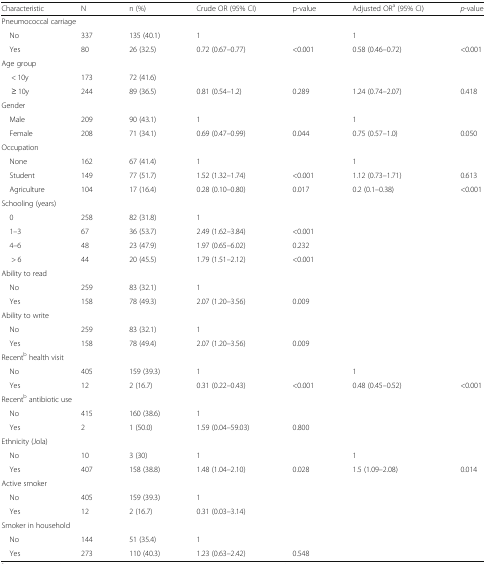
<table><thead><tr><td><b>Characteristic</b></td><td><b>N</b></td><td><b>n (%)</b></td><td><b>Crude OR (95% CI)</b></td><td><b>p-value</b></td><td><b>Adjusted OR<sup>a</sup> (95% CI)</b></td><td><b><i>p</i>-value</b></td></tr></thead><tbody><tr><td colspan="7">Pneumococcal carriage</td></tr><tr><td> No</td><td>337</td><td>135 (40.1)</td><td>1</td><td></td><td>1</td><td></td></tr><tr><td> Yes</td><td>80</td><td>26 (32.5)</td><td>0.72 (0.67–0.77)</td><td>&lt;0.001</td><td>0.58 (0.46–0.72)</td><td>&lt;0.001</td></tr><tr><td colspan="7">Age group</td></tr><tr><td>&lt; 10y</td><td>173</td><td>72 (41.6)</td><td></td><td></td><td></td><td></td></tr><tr><td>≥ 10y</td><td>244</td><td>89 (36.5)</td><td>0.81 (0.54–1.2)</td><td>0.289</td><td>1.24 (0.74–2.07)</td><td>0.418</td></tr><tr><td colspan="7">Gender</td></tr><tr><td> Male</td><td>209</td><td>90 (43.1)</td><td>1</td><td></td><td>1</td><td></td></tr><tr><td> Female</td><td>208</td><td>71 (34.1)</td><td>0.69 (0.47–0.99)</td><td>0.044</td><td>0.75 (0.57–1.0)</td><td>0.050</td></tr><tr><td colspan="7">Occupation</td></tr><tr><td> None</td><td>162</td><td>67 (41.4)</td><td>1</td><td></td><td>1</td><td></td></tr><tr><td> Student</td><td>149</td><td>77 (51.7)</td><td>1.52 (1.32–1.74)</td><td>&lt;0.001</td><td>1.12 (0.73–1.71)</td><td>0.613</td></tr><tr><td> Agriculture</td><td>104</td><td>17 (16.4)</td><td>0.28 (0.10–0.80)</td><td>0.017</td><td>0.2 (0.1–0.38)</td><td>&lt;0.001</td></tr><tr><td colspan="7">Schooling (years)</td></tr><tr><td> 0</td><td>258</td><td>82 (31.8)</td><td>1</td><td></td><td></td><td></td></tr><tr><td> 1–3</td><td>67</td><td>36 (53.7)</td><td>2.49 (1.62–3.84)</td><td>&lt;0.001</td><td></td><td></td></tr><tr><td> 4–6</td><td>48</td><td>23 (47.9)</td><td>1.97 (0.65–6.02)</td><td>0.232</td><td></td><td></td></tr><tr><td>&gt; 6</td><td>44</td><td>20 (45.5)</td><td>1.79 (1.51–2.12)</td><td>&lt;0.001</td><td></td><td></td></tr><tr><td colspan="7">Ability to read</td></tr><tr><td> No</td><td>259</td><td>83 (32.1)</td><td>1</td><td></td><td></td><td></td></tr><tr><td> Yes</td><td>158</td><td>78 (49.3)</td><td>2.07 (1.20–3.56)</td><td>0.009</td><td></td><td></td></tr><tr><td colspan="7">Ability to write</td></tr><tr><td> No</td><td>259</td><td>83 (32.1)</td><td>1</td><td></td><td></td><td></td></tr><tr><td> Yes</td><td>158</td><td>78 (49.4)</td><td>2.07 (1.20–3.56)</td><td>0.009</td><td></td><td></td></tr><tr><td colspan="7">Recent<sup>b</sup> health visit</td></tr><tr><td> No</td><td>405</td><td>159 (39.3)</td><td>1</td><td></td><td>1</td><td></td></tr><tr><td> Yes</td><td>12</td><td>2 (16.7)</td><td>0.31 (0.22–0.43)</td><td>&lt;0.001</td><td>0.48 (0.45–0.52)</td><td>&lt;0.001</td></tr><tr><td colspan="7">Recent<sup>b</sup> antibiotic use</td></tr><tr><td> No</td><td>415</td><td>160 (38.6)</td><td>1</td><td></td><td></td><td></td></tr><tr><td> Yes</td><td>2</td><td>1 (50.0)</td><td>1.59 (0.04–59.03)</td><td>0.800</td><td></td><td></td></tr><tr><td colspan="7">Ethnicity (Jola)</td></tr><tr><td> No</td><td>10</td><td>3 (30)</td><td>1</td><td></td><td>1</td><td></td></tr><tr><td> Yes</td><td>407</td><td>158 (38.8)</td><td>1.48 (1.04–2.10)</td><td>0.028</td><td>1.5 (1.09–2.08)</td><td>0.014</td></tr><tr><td colspan="7">Active smoker</td></tr><tr><td> No</td><td>405</td><td>159 (39.3)</td><td>1</td><td></td><td></td><td></td></tr><tr><td> Yes</td><td>12</td><td>2 (16.7)</td><td>0.31 (0.03–3.14)</td><td></td><td></td><td></td></tr><tr><td colspan="7">Smoker in household</td></tr><tr><td> No</td><td>144</td><td>51 (35.4)</td><td>1</td><td></td><td></td><td></td></tr><tr><td> Yes</td><td>273</td><td>110 (40.3)</td><td>1.23 (0.63–2.42)</td><td>0.548</td><td></td><td></td></tr></tbody></table>